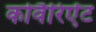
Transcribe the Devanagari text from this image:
कोवैरिऐंट